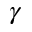
\gamma